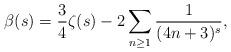
LaTeX: \begin{align*} \beta(s)=\frac{3}{4} \zeta(s) -2 \sum_{n \geq 1} \frac{1}{(4n+3)^s},\end{align*}